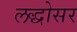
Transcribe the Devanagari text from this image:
लद्धोसर